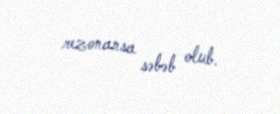
rezonansa səbəb olub.